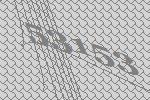
53153